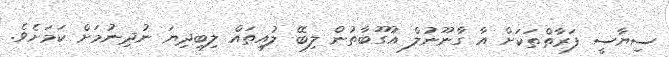
ސިޔާސީ ފަރާތްތަކަށް އާ ގާނޫނުލް އުގޫބާތުން ލިބޭ ލުއިތައް ލިބިދިޔަ ނުދިނުމަށް ކަމަށެވެ.